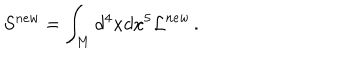
LaTeX: S ^ { n e w } = \int _ { \bf M } d ^ { 4 } x d x ^ { 5 } { \cal L } ^ { n e w } \, .